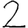
Digit: 2